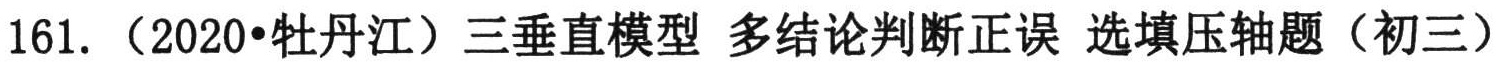
161. （2020•牡丹江）三垂直模型 多结论判断正误 选填压轴题（初三）